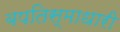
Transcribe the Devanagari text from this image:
बपतिस्माधारी